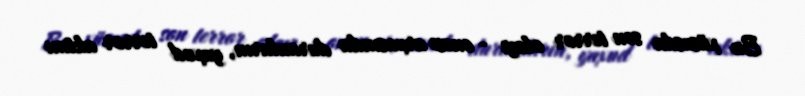
Bu xüsusda son terror olayı - onun arxasında duranların, yaxud terror aktını